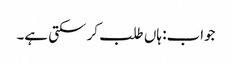
جواب: ہاں طلب کر سکتی ہے۔